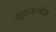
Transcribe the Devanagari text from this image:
सुहाह्ल्देव